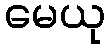
မေယု